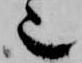
也